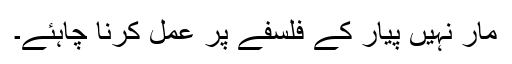
مار نہیں پیار کے فلسفے پر عمل کرنا چاہئے۔